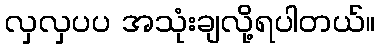
လှလှပပ အသုံးချလို့ရပါတယ်။